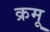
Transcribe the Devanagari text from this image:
क्रमू